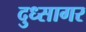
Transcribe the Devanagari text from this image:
दुध्सागर